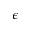
\epsilon